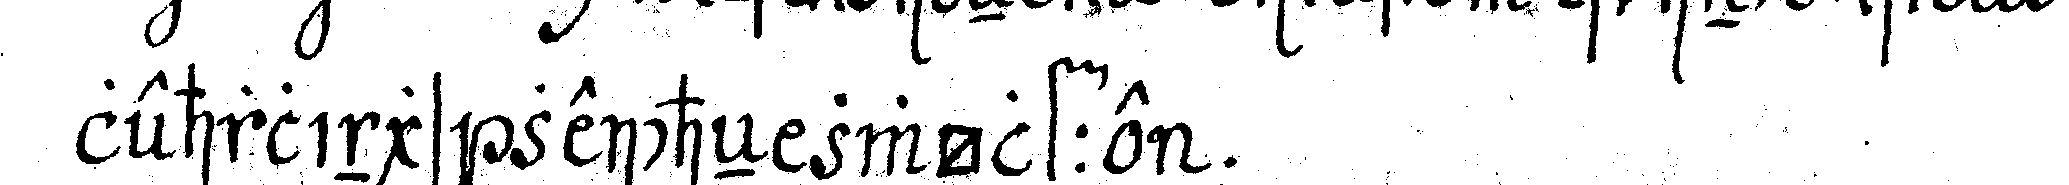
lehrlings zeicheN zwölffe .